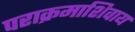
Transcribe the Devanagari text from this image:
पराक्रमाशिवाय